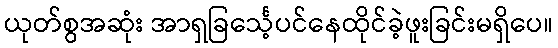
ယုတ်စွအဆုံး အာရှခြင်္သေ့ပင်နေထိုင်ခဲ့ဖူးခြင်းမရှိပေ။